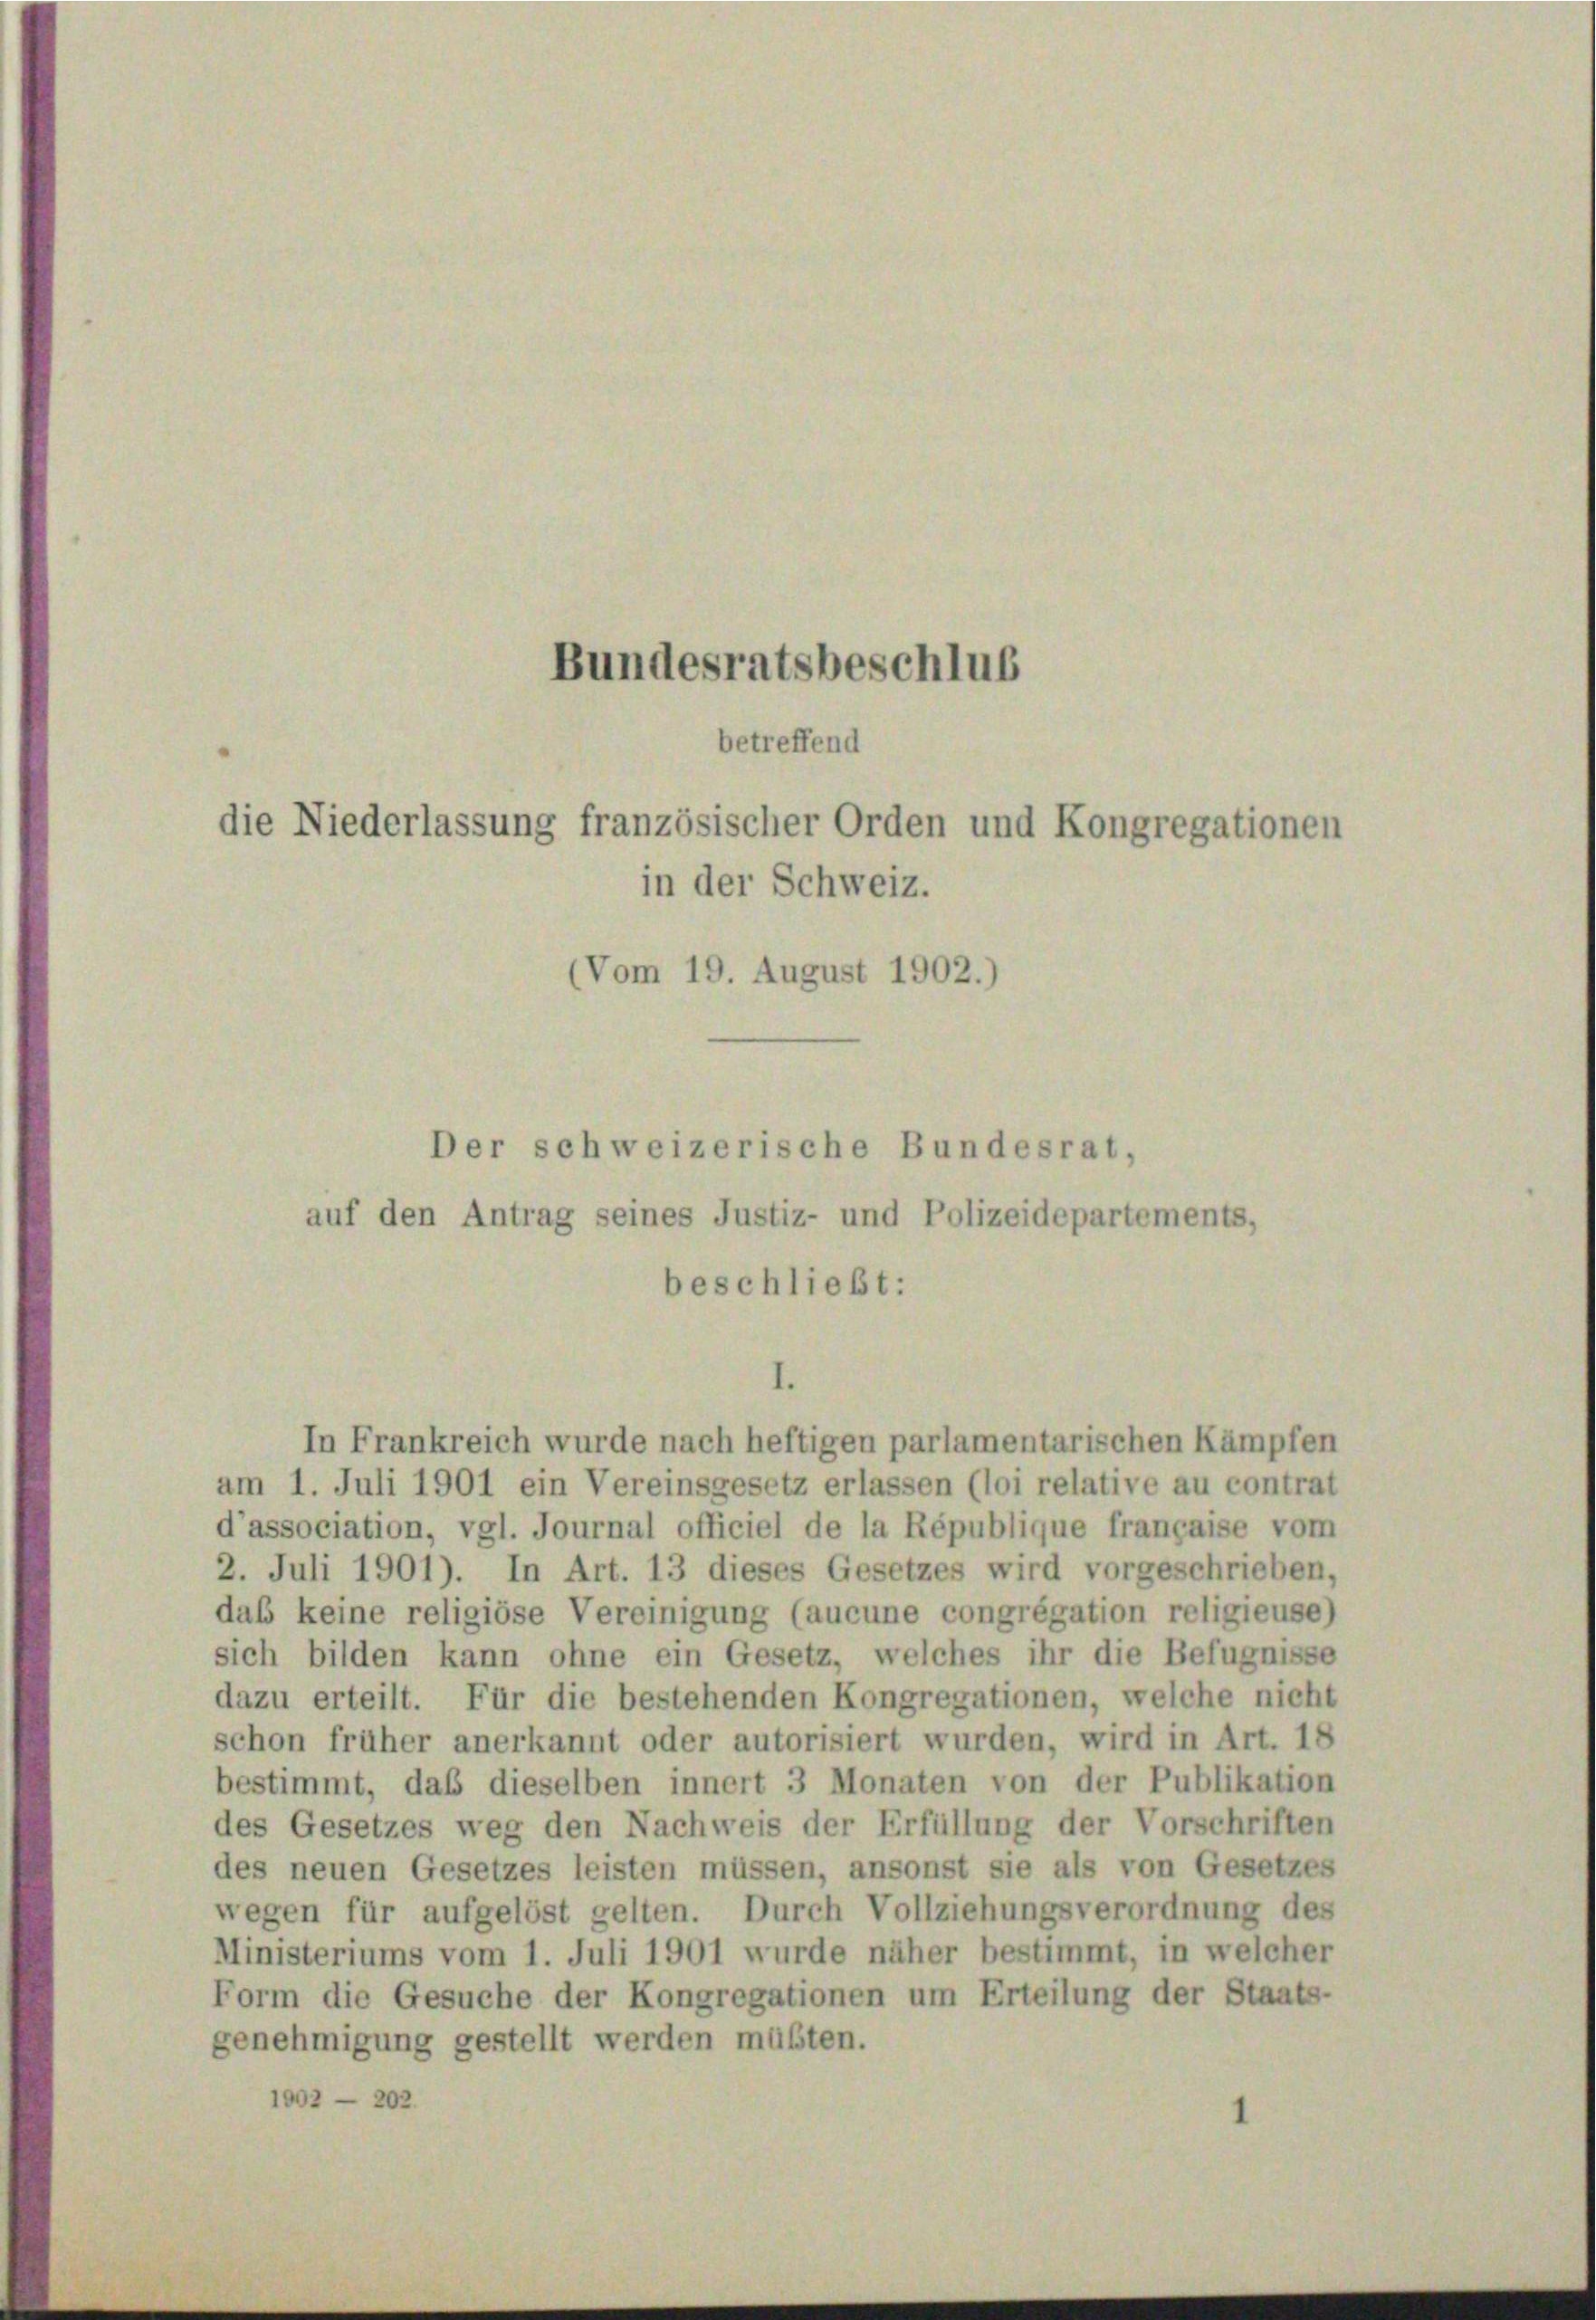
Bundesratsbeschlus
betreffend
die Niederlassung französischer Orden und Kongregationen

in der Schweiz.
(Vom 19. August 1902.)

auf den Antrag seines Justiz- und Polizeidepartements,
beschließt:

Der schweizerische Bundesrat,

In Frankreich wurde nach heftigen parlamentarischen Kämpfen
am 1. Juli 1901 ein Vereinsgesetz erlassen (loi relative au contrat
d’association, vgl. Journal officiel de la République française vom
2. Juli 1901). In Art. 13 dieses Gesetzes wird vorgeschrieben,
das keine religiöse Vereinigung (aucune congrégation religieuse)
sich bilden kann ohne ein Gesetz, welches ihr die Befugnisse
dazu erteilt. Für die bestehenden Kongregationen, welche nicht
schon früher anerkannt oder autorisiert wurden, wird in Art. 18
bestimmt, daß dieselben innert 3 Monaten von der Publikation
des Gesetzes weg den Nachweis der Erfüllung der Vorschriften
des neuen Gesetzes leisten müssen, ansonst sie als von Gesetzes
wegen für aufgelöst gelten. Durch Vollziehungsverordnung des
Ministeriums vom 1. Juli 1901 wurde näher bestimmt, in welcher
Form die Gesuche der Kongregationen um Erteilung der Staats-
genehmigung gestellt werden müßten.
1002 - 202.